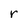
Character: r